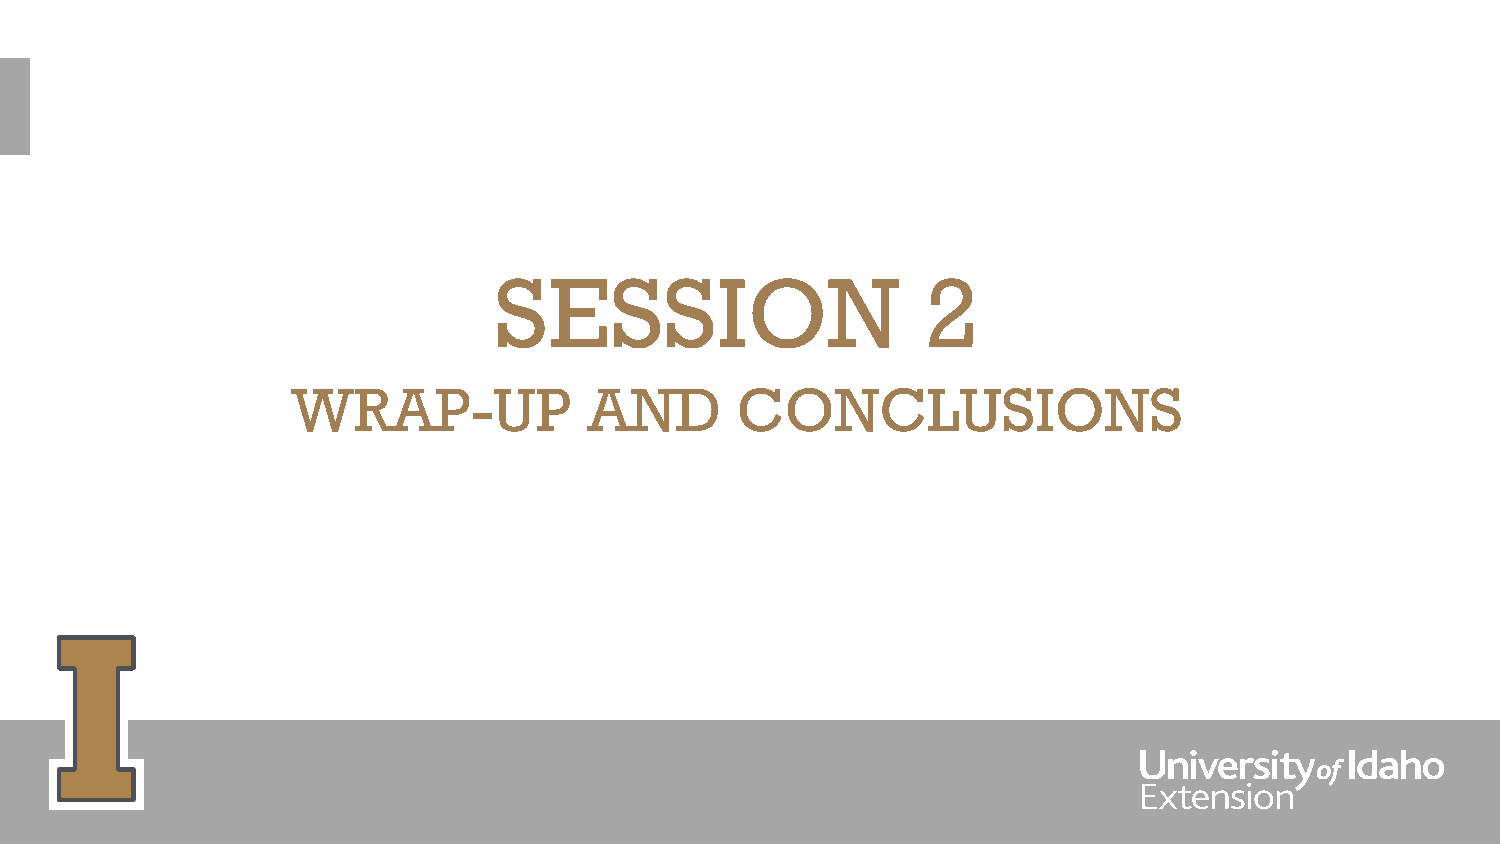
SESSION                     2
 WRAP-UP             AND       CONCLUSIONS